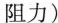
阻力)